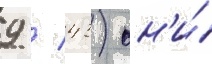
9 / 43) он'и́